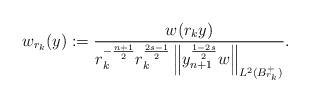
LaTeX: \begin{align*}w_{r_k}(y):= \frac{w(r_k y)}{ r_k^{-\frac{n+1}{2}} r_k^{\frac{2s-1}{2}} \left\| y_{n+1}^{\frac{1-2s}{2}} w \right\|_{L^2(B_{r_k}^+)} }.\end{align*}